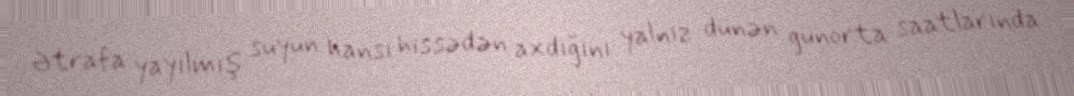
Ətrafa yayılmış suyun hansı hissədən axdığını yalnız dünən günorta saatlarında